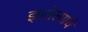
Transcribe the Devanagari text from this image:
झालेल्याचें